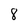
Character: 8